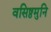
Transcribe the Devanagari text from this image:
वसिष्ठमुनि